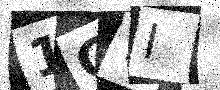
Text: 1GYI